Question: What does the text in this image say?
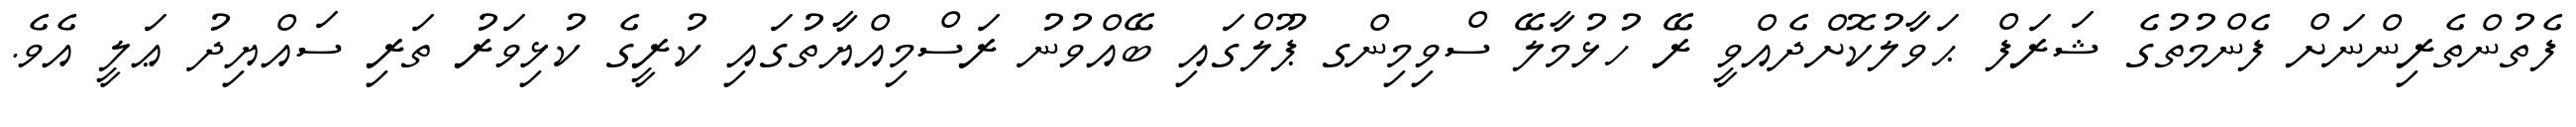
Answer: ފެތުންތެރިންނަށް ފެންމުތުގެ ޝަރަފް ޙަވާލުކޮށްދެއްވީ ރޭ ހުޅުމާލޭ ސްވިމިންގ ޕޫލްގައި ބޭއްވުނު ރަސްމިއްޔާތުގައި ކުރީގެ ކުޅިވަރު ތަރި ސައްޔިދު ޢަލީ އެވެ.